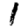
Digit: 1